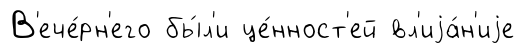
В'ече́рн'его бы́л'и це́нност'ей вл'иjа́н'иjе